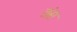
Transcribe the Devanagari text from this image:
तंस